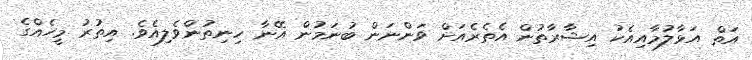
އަތް އަޅާލުމާއިއެކު އިޝާރާތުން އެތެރެއަށް ވަންނަން ބުނަމުން އޭނާ ހިނިތުންވެލިއެވެ. އިތުރު މީހެއްގެ